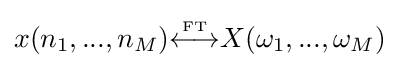
x(n_{1},...,n_{M}){\overset {\underset {\mathrm {FT} }{}}{\longleftrightarrow }}X(\omega _{1},...,\omega _{M})